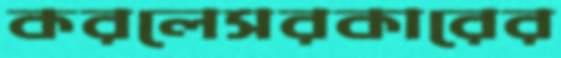
করলেসরকারের